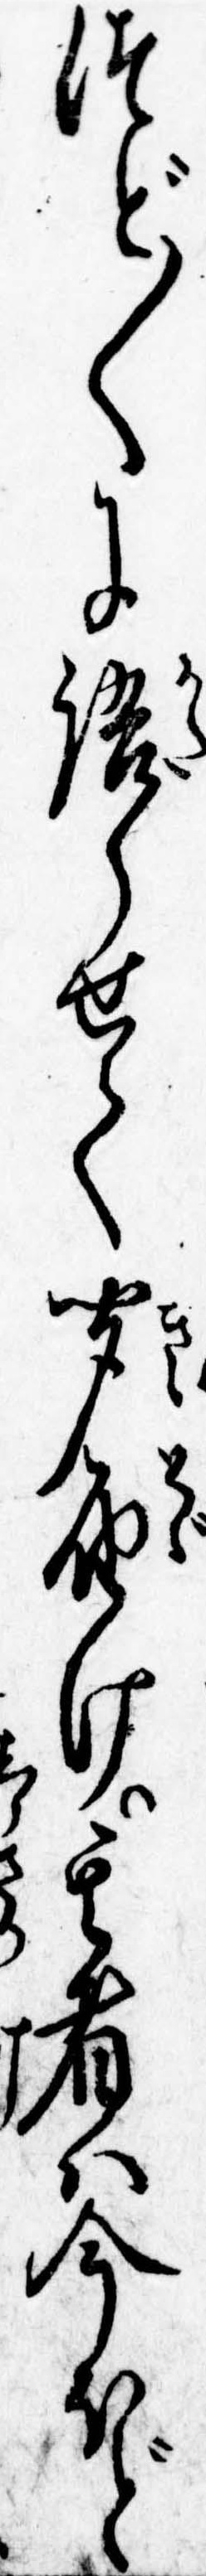
つど〱に語らせて聞届け其者は今ほど